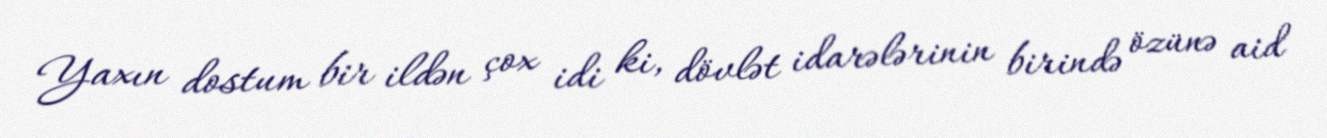
Yaxın dostum bir ildən çox idi ki, dövlət idarələrinin birində özünə aid